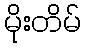
မိုးတိမ်